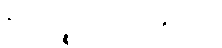
ဧတေပဉ္စ၊ ဤငါးပါးတို့သည်။